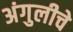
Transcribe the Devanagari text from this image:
अंगुलीचे